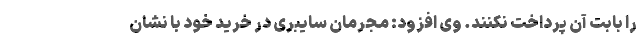
را بابت آن پرداخت نکنند. وی افزود: مجرمان سایبری در خرید خود با نشان